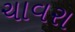
ચાવરા